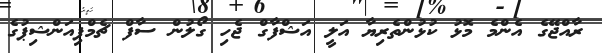
ރާއްޖޭގެ އެންމެ މޮޅު ކުޅުންތެރިޔާ އަލީ އަޝްފާގް ޖެހި ގޯލުން ސާފް ޗެމްޕިއަންޝިޕުގެ